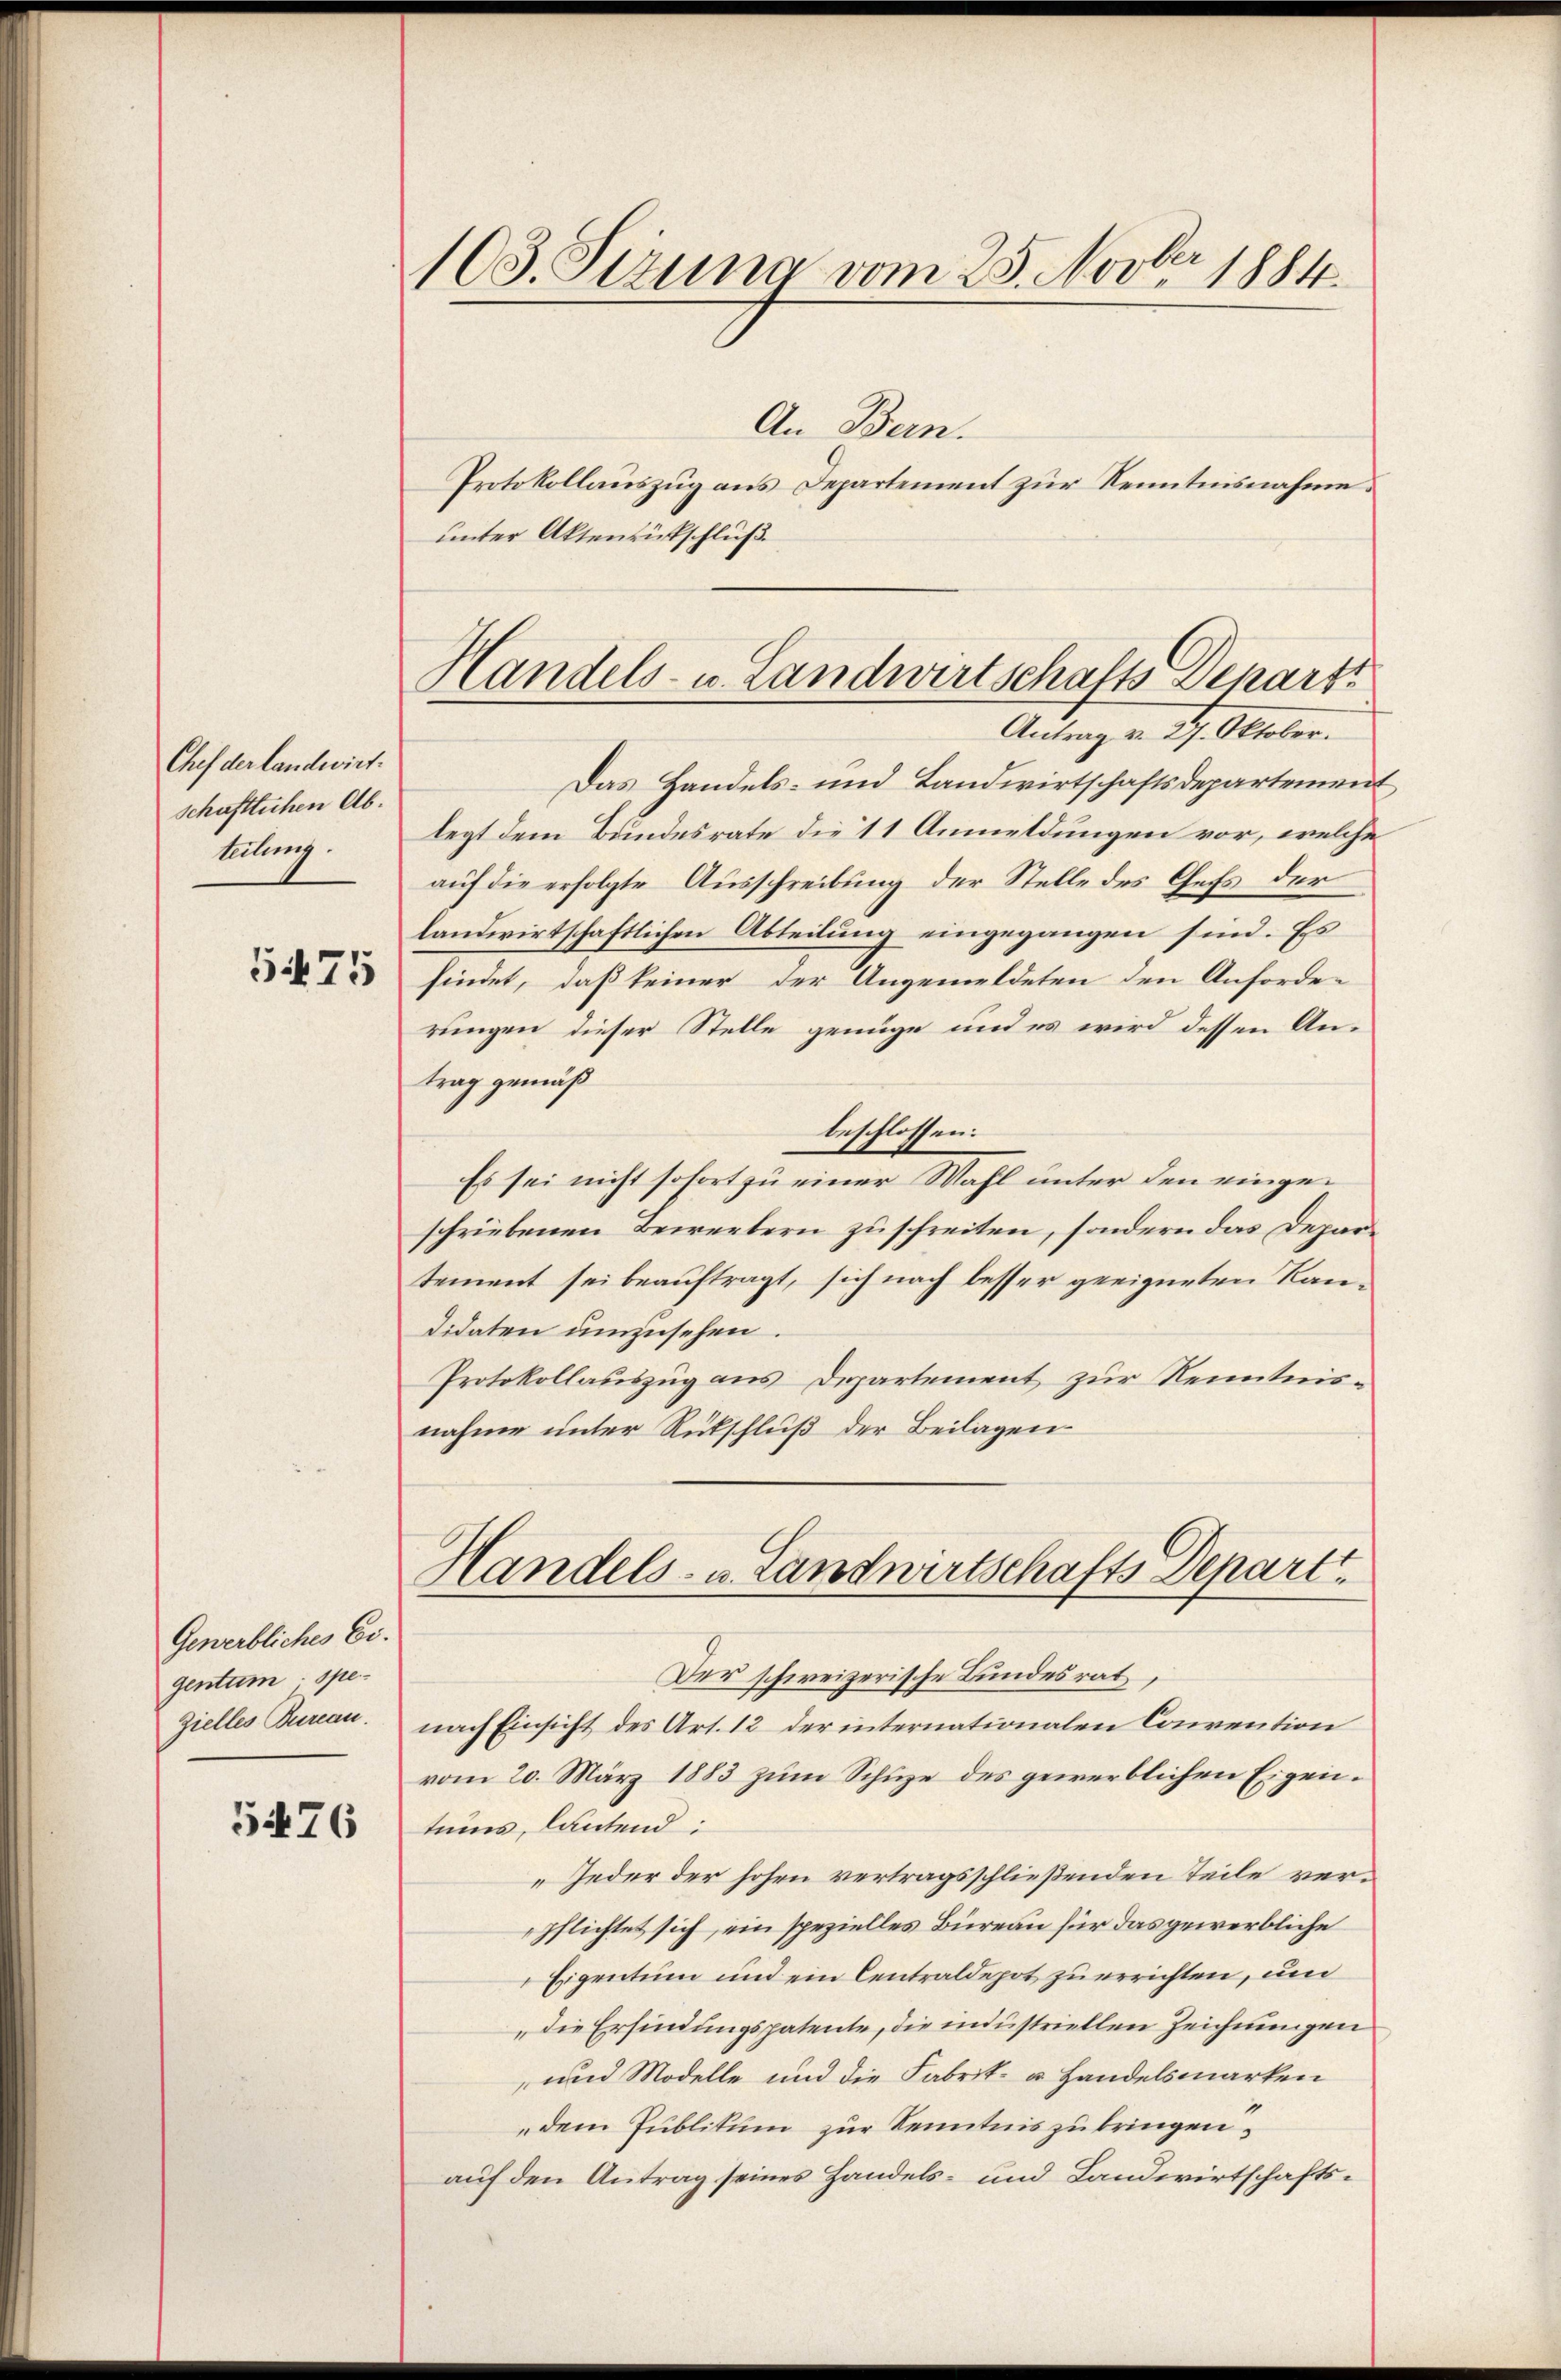
Chef der landwirt.
schaftlichen Abteilung.

5475

Gewerbliches Eigentum: spe-
Zielles Bureau.

5476

103. Pezuna vom 25. Novbr. 1884.

Handels- u. Landwirtschafts Depart
Antrag v. 27. Oktober.

An Bern.
Protokollauszug aus Departement zur Kenntnisnahme.
unter Aktenrückschluß
Das Handels- und Landwirtschaftsdepartement
legt dem Bundesrate die 11 Anmeldungen vor, welche
auf die erfolgte Ausschreibung der Stelle des Chefs der
landwirtschaftlichen Abteilung eingegangen sind. Es
findet, daß keiner der Angemeldeten den Anforderungen dieser Stelle genüge und es wird dessen Antrag gemäß
beschlossen:
Es sei nicht sofort zu einer Wahl unter den eingeschriebenen Bewertern zuschreiten, sondern das Departement sei beauftragt, sich nach besser geeigneten Kandidaten umzusehen.
Protokollauszug aus Departement zur Kenntnisnahme unter Rückschluß der Beilagen
Handels- u. Landwirtschafts Depart.
Der schweizerische Bundesrat,
nach Einsicht des Art. 12 der internationalen Convention
vom 20. März 1883 zum Schuze des gewerblichen Eigentums, lautend:
Jeder der hohen vertragsschließenden Teile verpflichtet sich, ein spezielles Büreau für das gewerbliche
Eigentum und ein Centraldepot zu errichten, und
„die Erfindungspatente, die industriellen Zeichnungen
und Modelle und die Fabrik- u. Handelsmarken
dem Publikum zur Kenntnis zu bringen.
auf den Antrag seines Handels- und Landwirtschafts¬